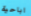
اباحية